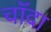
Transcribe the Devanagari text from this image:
चाॅदा